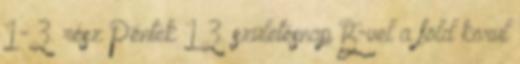
1-3. rész Péntek 13. születésnap B-vel a föld körül